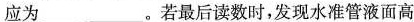
应为___。若最后读数时，发现水准管液面高